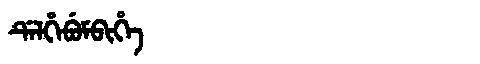
Manchu: ᡩᡝᠯᡥᡝᠪᡠᠮᠪᡳᡥᡝ
Romanization: DELHEBUMBIHE